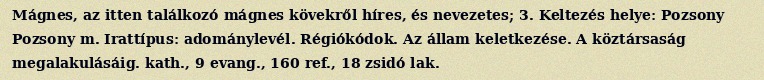
Mágnes, az itten találkozó mágnes kövekről híres, és nevezetes; 3. Keltezés helye: Pozsony Pozsony m. Irattípus: adománylevél. Régiókódok. Az állam keletkezése. A köztársaság megalakulásáig. kath., 9 evang., 160 ref., 18 zsidó lak.